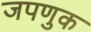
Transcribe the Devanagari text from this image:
जपणुक